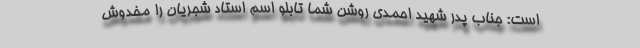
است: جناب پدر شهید احمدی روشن شما تابلو اسم استاد شجریان را مخدوش